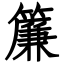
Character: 簾